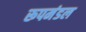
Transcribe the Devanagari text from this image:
रूपमंडल